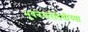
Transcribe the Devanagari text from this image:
भुवनेश्वरीदेवीच्या